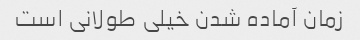
زمان آماده شدن خیلی طولانی است